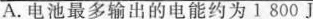
A. 电池最多输出的电能约为1800 J